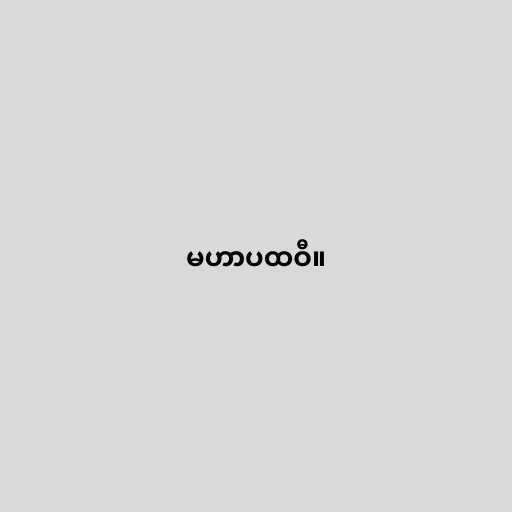
မဟာပထဝီ။